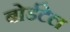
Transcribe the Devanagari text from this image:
बोर्डटेल